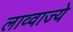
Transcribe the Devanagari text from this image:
लाव्वाज्ये